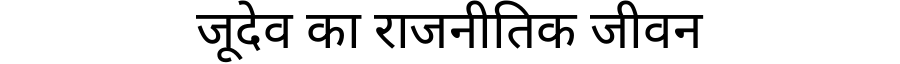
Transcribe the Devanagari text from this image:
जूदेव का राजनीतिक जीवन